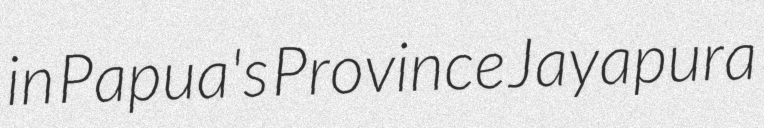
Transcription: in Papua's Province Jayapura